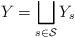
LaTeX: \begin{align*}Y = \bigsqcup_{s \in \mathcal{S}} Y_s\end{align*}